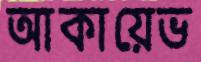
আকায়েভ